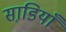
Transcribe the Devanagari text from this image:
साडि़याँ